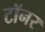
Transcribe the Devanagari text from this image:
टॉनर